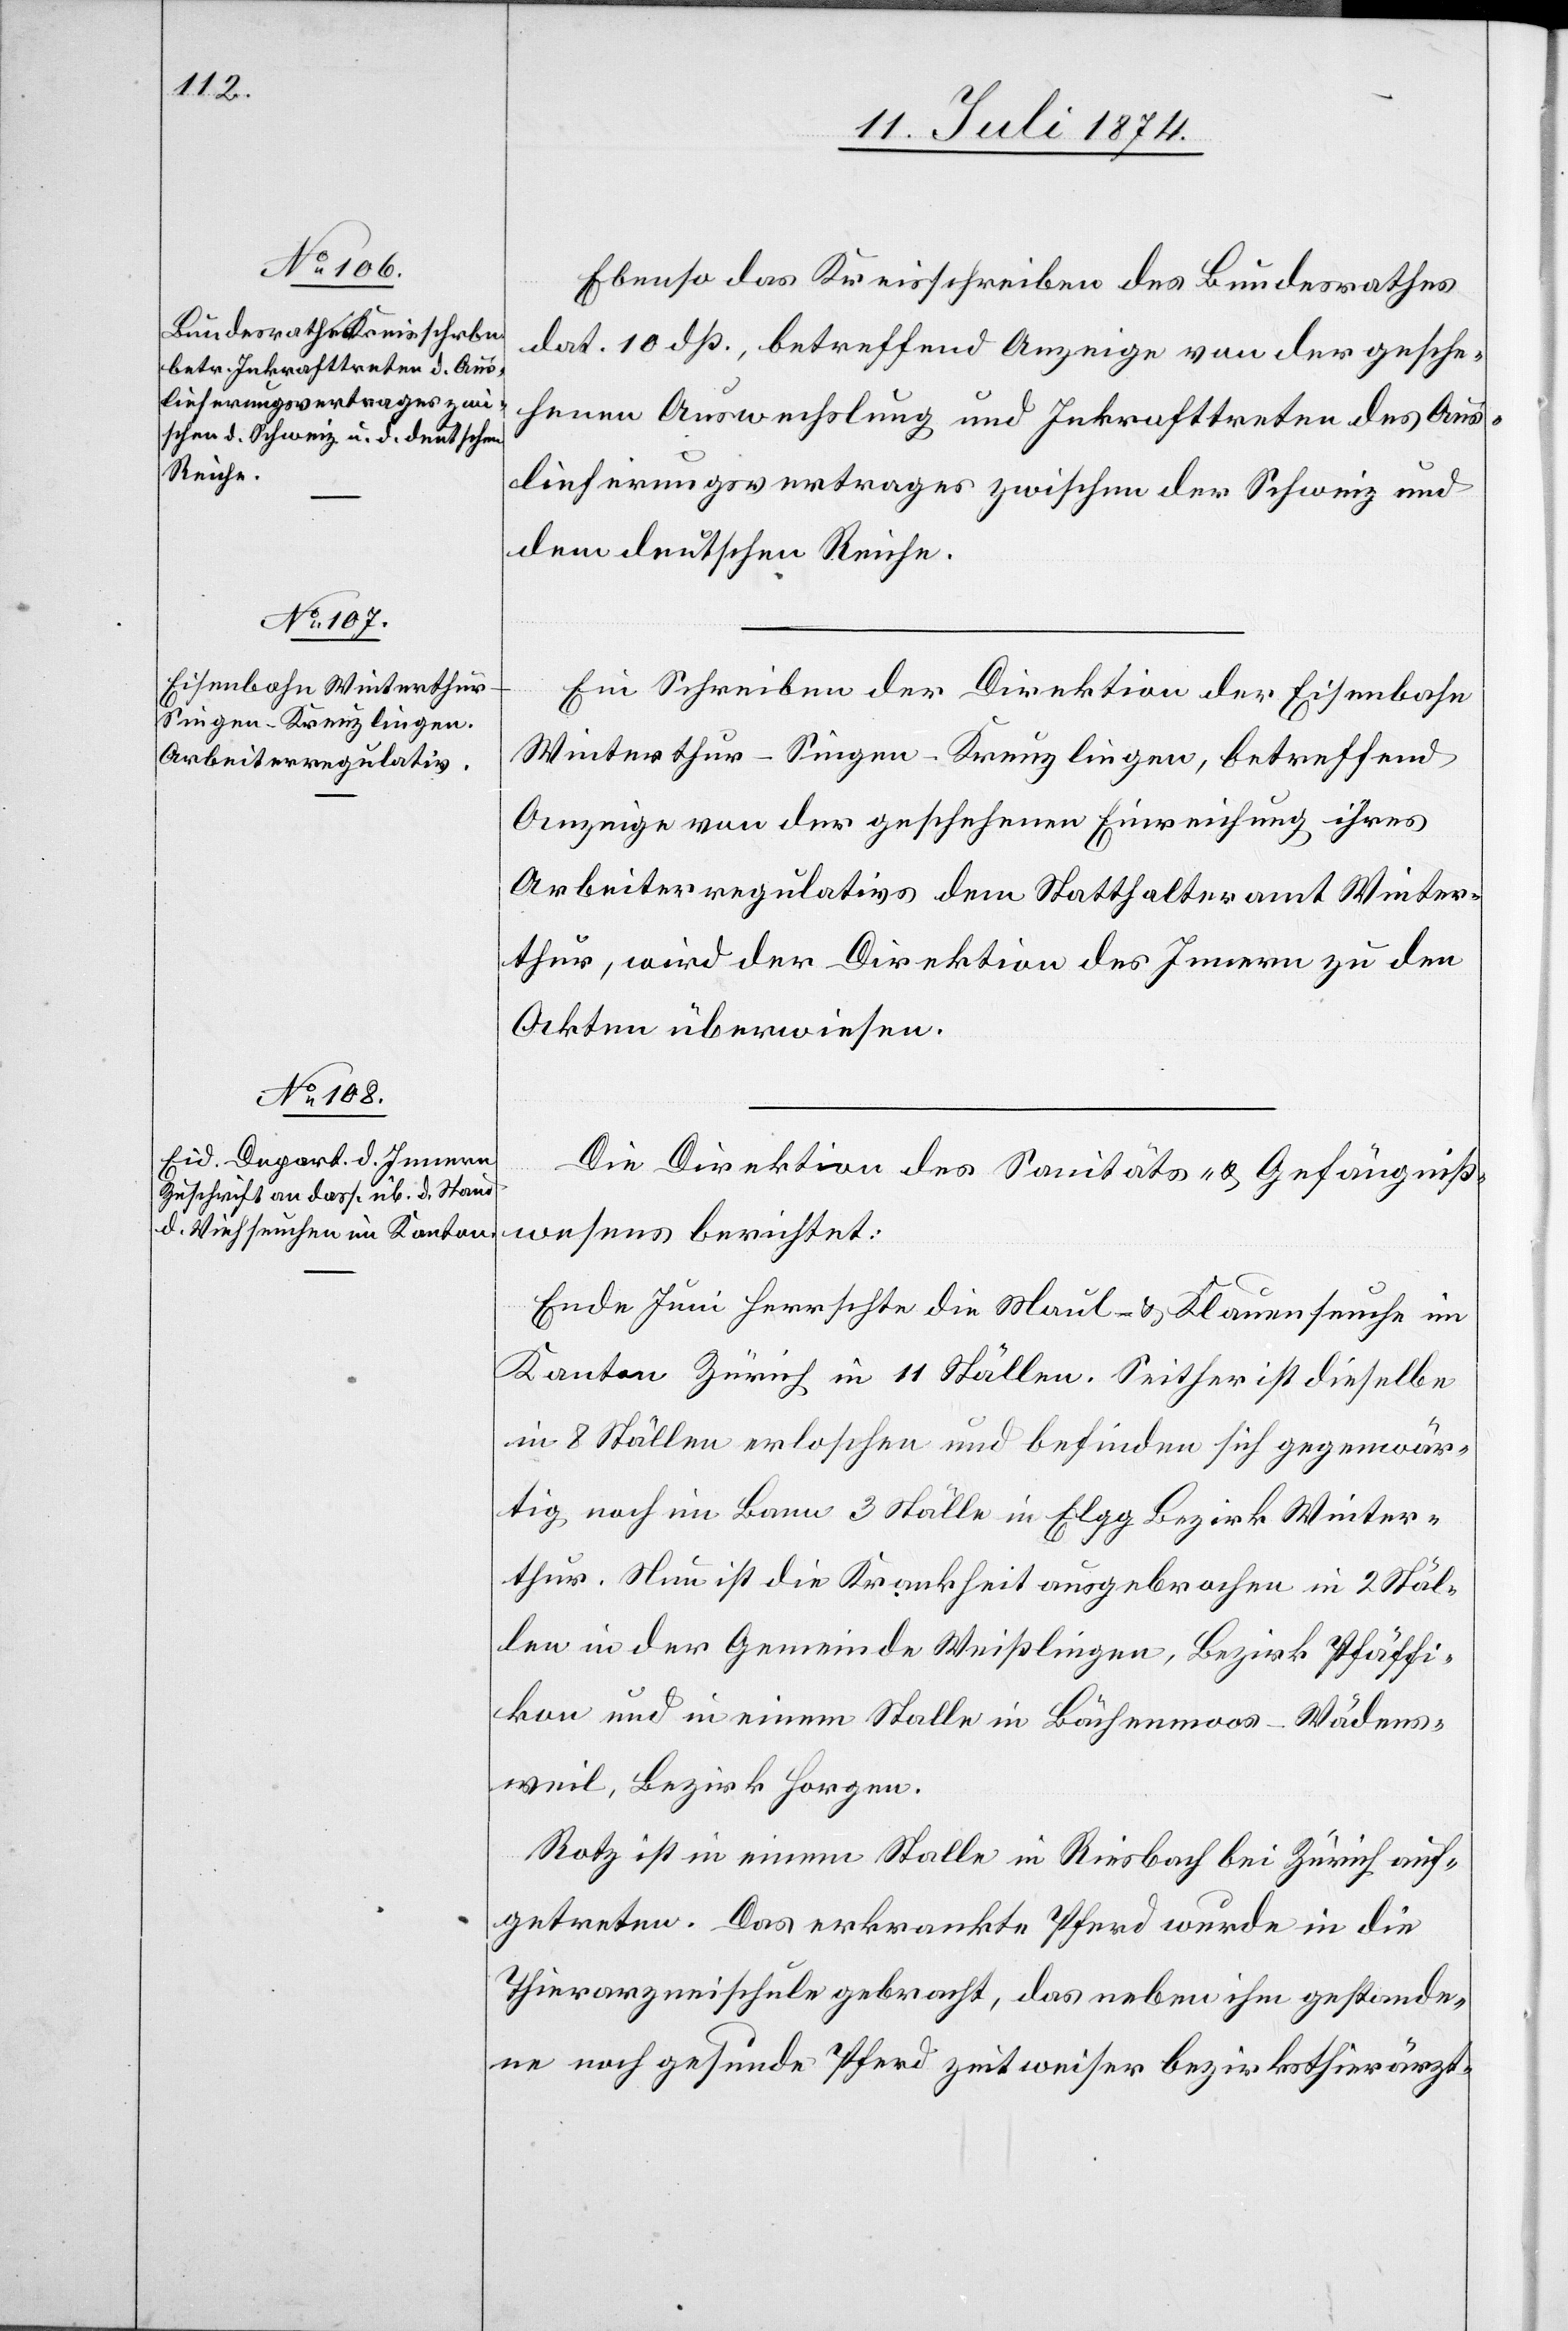
15. Juli 1874]
Ebenso das Kreisschreiben des Bundesrathes
dat. 10. dß., betreffend Anzeige von der gesche¬
henen Auswechslung und Inkrafttreten des Aus¬
lieferungsvertrages zwischen der Schweiz und
dem deutschen Reiche.
Ein Schreiben der Direktion der Eisenbahn
Winterthur–Singen–Kreuzlingen, betreffend
Anzeige von der geschehenen Einreichung ihres
Arbeiterregulativs dem Statthalteramt Winter¬
thur, wird der Direktion des Innern zu den
Akten überwiesen.
Die Direktion des Sanitäts- u. Gefängniß¬
wesens berichtet:
Ende Juni herrschte die Maul- u. Klauenseuche im
Kanton Zürich in 11 Ställen. Seither ist dieselbe
in 8 Ställen erloschen und befinden sich gegenwär¬
tig noch im Bann 3 Ställe in Elgg [,] Bezirk Winter¬
thur. Nun ist die Krankheit ausgebrochen in 2 Stäl¬
len in der Gemeinde Weißlingen, Bezirk Pfäffi¬
kon und in einem Stalle in Bächenmoos-Wädens¬
weil, Bezirk Horgen.
Rotz ist in einem Stalle in Riesbach bei Zürich auf¬
getreten. Das erkrankte Pferd wurde in die
Thierarzneischule gebracht, das neben ihm gestande¬
ne noch gesunde Pferd zeitweiser bezirksthierärzt-